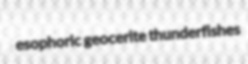
esophoric geocerite thunderfishes